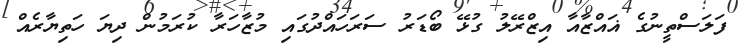
ފަލަސްތީނުގެ ޣަައްޒާއާ އިޒްރޭލު ގުޅޭ ބޯޑަރު ސަރަހައްދުގައި މުޒާހަރާ ކުރަމުން ދިޔަ ހަތިޔާރެއް